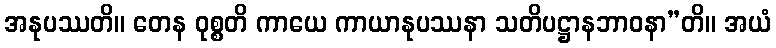
အနုပဿတိ။ တေန ဝုစ္စတိ ကာယေ ကာယာနုပဿနာ သတိပဋ္ဌာနဘာဝနာ”တိ။ အယံ